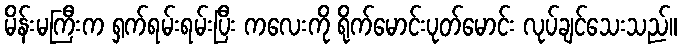
မိန်းမကြီးက ရှက်ရမ်းရမ်းပြီး ကလေးကို ရိုက်မောင်းပုတ်မောင်း လုပ်ချင်သေးသည်။